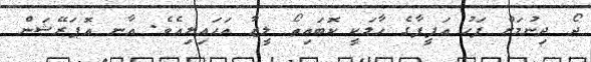
ދޯ ދިނުމަށް ފަހު އަފީފާގެ ހާލަކީ ކޮބައިތޯ ލީޒާ އަހައިލިއެވެ. އާނ އޮޕަރޭޝަން